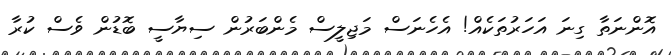
އޮންނަތާ ގިނަ އަހަރުތަކެއް! އެހެނަސް މަޖިލީސް މެންބަރުން ސިޔާސީ ބޮޑުން ވެސް ކުރާ